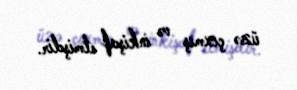
üzə çıxmış və inkişaf etmişdir.